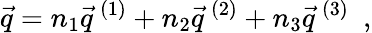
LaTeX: \vec{q}=n_{1}\vec{q}^{\, (1)}+n_{2}\vec{q}^{\, (2)}+n_{3}\vec{q}^{\, (3)}~~,